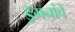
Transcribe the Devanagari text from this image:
ड्रॅगनांचे